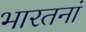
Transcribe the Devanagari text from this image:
भारतनां